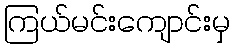
ကြယ်မင်းကျောင်းမှ